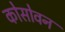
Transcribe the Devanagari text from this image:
कोसोवन